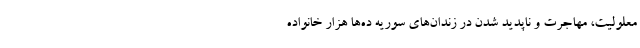
معلولیت، مهاجرت و ناپدید شدن در زندان‌های سوریه ده‌ها هزار خانواده